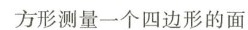
方形测量一个四边形的面